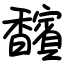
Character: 馪